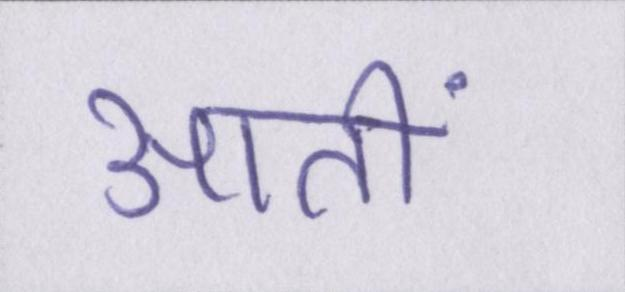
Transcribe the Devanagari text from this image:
आतीं